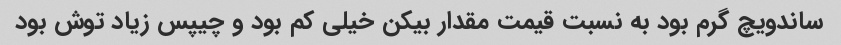
ساندویچ گرم بود به نسبت قیمت مقدار بیکن خیلی کم بود و چیپس زیاد توش بود